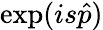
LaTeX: \mathrm{exp}(is{\hat{p}})